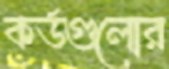
কর্ডগুলোর